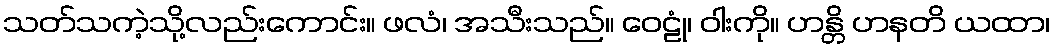
သတ်သကဲ့သို့လည်းကောင်း။ ဖလံ၊ အသီးသည်။ ဝေဠုံ၊ ဝါးကို။ ဟန္တိ ဟနတိ ယထာ၊